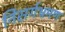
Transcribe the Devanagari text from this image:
निसर्गभ्रमण